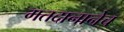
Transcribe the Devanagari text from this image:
मतदानानेच